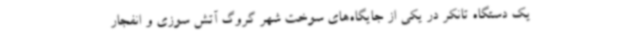
یک دستگاه تانکر در یکی از جایگاه‌های سوخت شهر گروگ آتش سوزی و انفجار